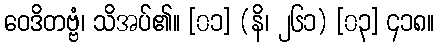
ဝေဒိတဗ္ဗံ၊ သိအပ်၏။ [၀၁] (နိ၊ ၂၆၁) [၀၃] ၄၁၈။